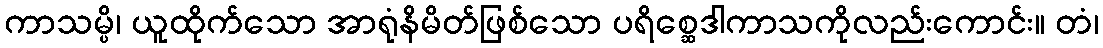
ကာသမ္ပိ၊ ယူထိုက်သော အာရုံနိမိတ်ဖြစ်သော ပရိစ္ဆေဒါကာသကိုလည်းကောင်း။ တံ၊